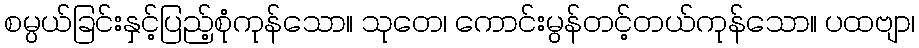
စမ္ပယ်ခြင်းနှင့်ပြည့်စုံကုန်သော။ သုတေ၊ ကောင်းမွန်တင့်တယ်ကုန်သော။ ပထဗျာ၊